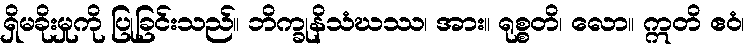
ရှိမခိုးမှုကို ပြုခြင်းသည်။ ဘိက္ခုနိသံဃဿ၊ အား။ ရုစ္စတိ၊ လော။ ဣတိ ဧဝံ၊